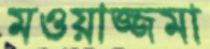
মওয়াজ্জমা